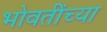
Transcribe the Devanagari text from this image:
भोवतींच्या